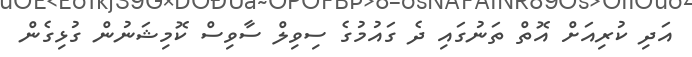
އަދި ކުރިއަށް އޮތް ތަނުގައި ދެ ގައުމުގެ ސިވިލް ސާވިސް ކޮމިޝަނުން ގުޅިގެން